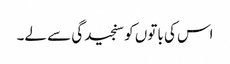
اس کی باتوں کو سنجیدگی سے لے۔